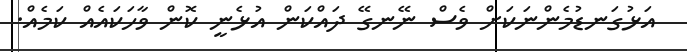
އަޅުގަނޑުމެންނަކަށް ވެސް ނޭނގޭ ދައްކަން އުޅެނީ ކޮން ވާހަކައެއް ކަމެއް.